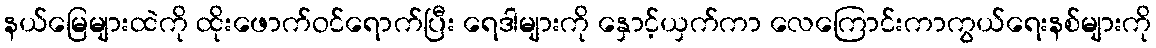
နယ်မြေများထဲကို ထိုးဖောက်ဝင်ရောက်ပြီး ရေဒါများကို နှောင့်ယှက်ကာ လေကြောင်းကာကွယ်ရေးနစ်များကို